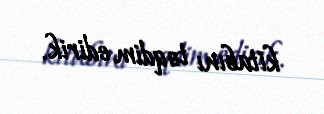
kitabını təqdim edirik.